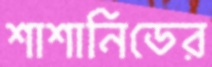
শাশানিডের